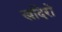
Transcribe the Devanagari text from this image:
खदिरो